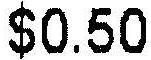
$0.50